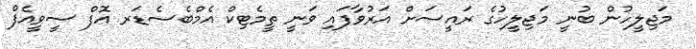
މަޖިލީހުން ބުނީ މަޖިލީހުގެ ރައީސަށް އަރުވާފައި ވަނީ ތީމެޓިކް އެމްބެސެޑަރ އޮފް ސީވީއެފް